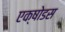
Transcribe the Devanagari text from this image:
एक्षोडस